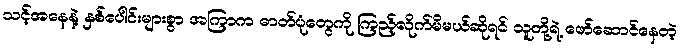
သင့်အနေနဲ့ နှစ်ပေါင်းများစွာ အကြာက ဓာတ်ပုံတွေကို ကြည့်လိုက်မိမယ်ဆိုရင် သူတို့ရဲ့ ဖော်ဆောင်နေတဲ့